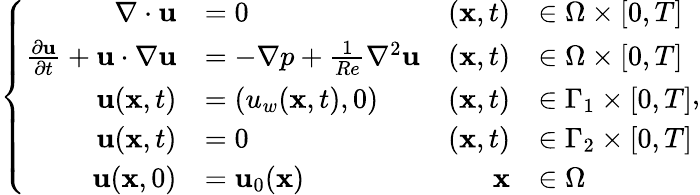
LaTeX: \left\{ \begin{array}{rlrl}{\nabla\cdot{\mathbf{u}}}&{=0}&{(\mathbf{x},t)}&{\in\Omega\times[0,T]}\\ {\frac{\partial\mathbf{u}}{\partial t}+{\mathbf{u}}\cdot\nabla{\mathbf{u}}}&{=-\nabla p+\frac{1}{Re}{\nabla^{2}}{\mathbf{u}}}&{(\mathbf{x},t)}&{\in\Omega\times[0,T]}\\ {\mathbf{u}(\mathbf{x},t)}&{=(u_{w}(\mathbf{x},t),0)}&{(\mathbf{x},t)}&{\in\Gamma_{1}\times[0,T]}\\ {\mathbf{u}(\mathbf{x},t)}&{=0}&{(\mathbf{x},t)}&{\in\Gamma_{2}\times[0,T]}\\ {\mathbf{u}(\mathbf{x},0)}&{=\mathbf{u}_{0}(\mathbf{x})}&{\mathbf{x}}&{\in\Omega}\end{array}\right.,